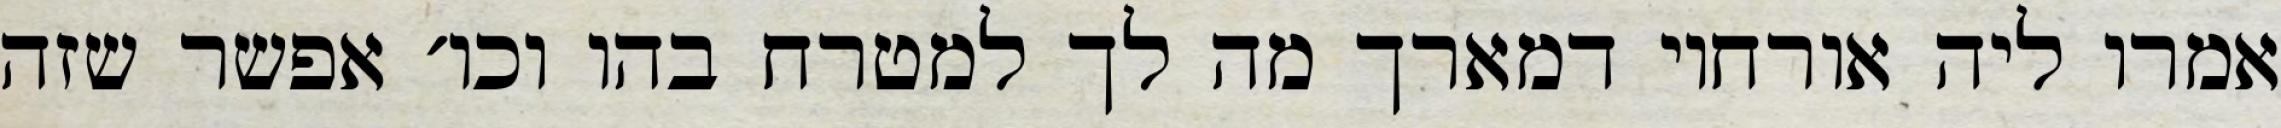
אמרו ליה אורחוי דמארך מה לך למטרח בהו וכו׳ אפשר שזה